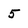
Character: 5